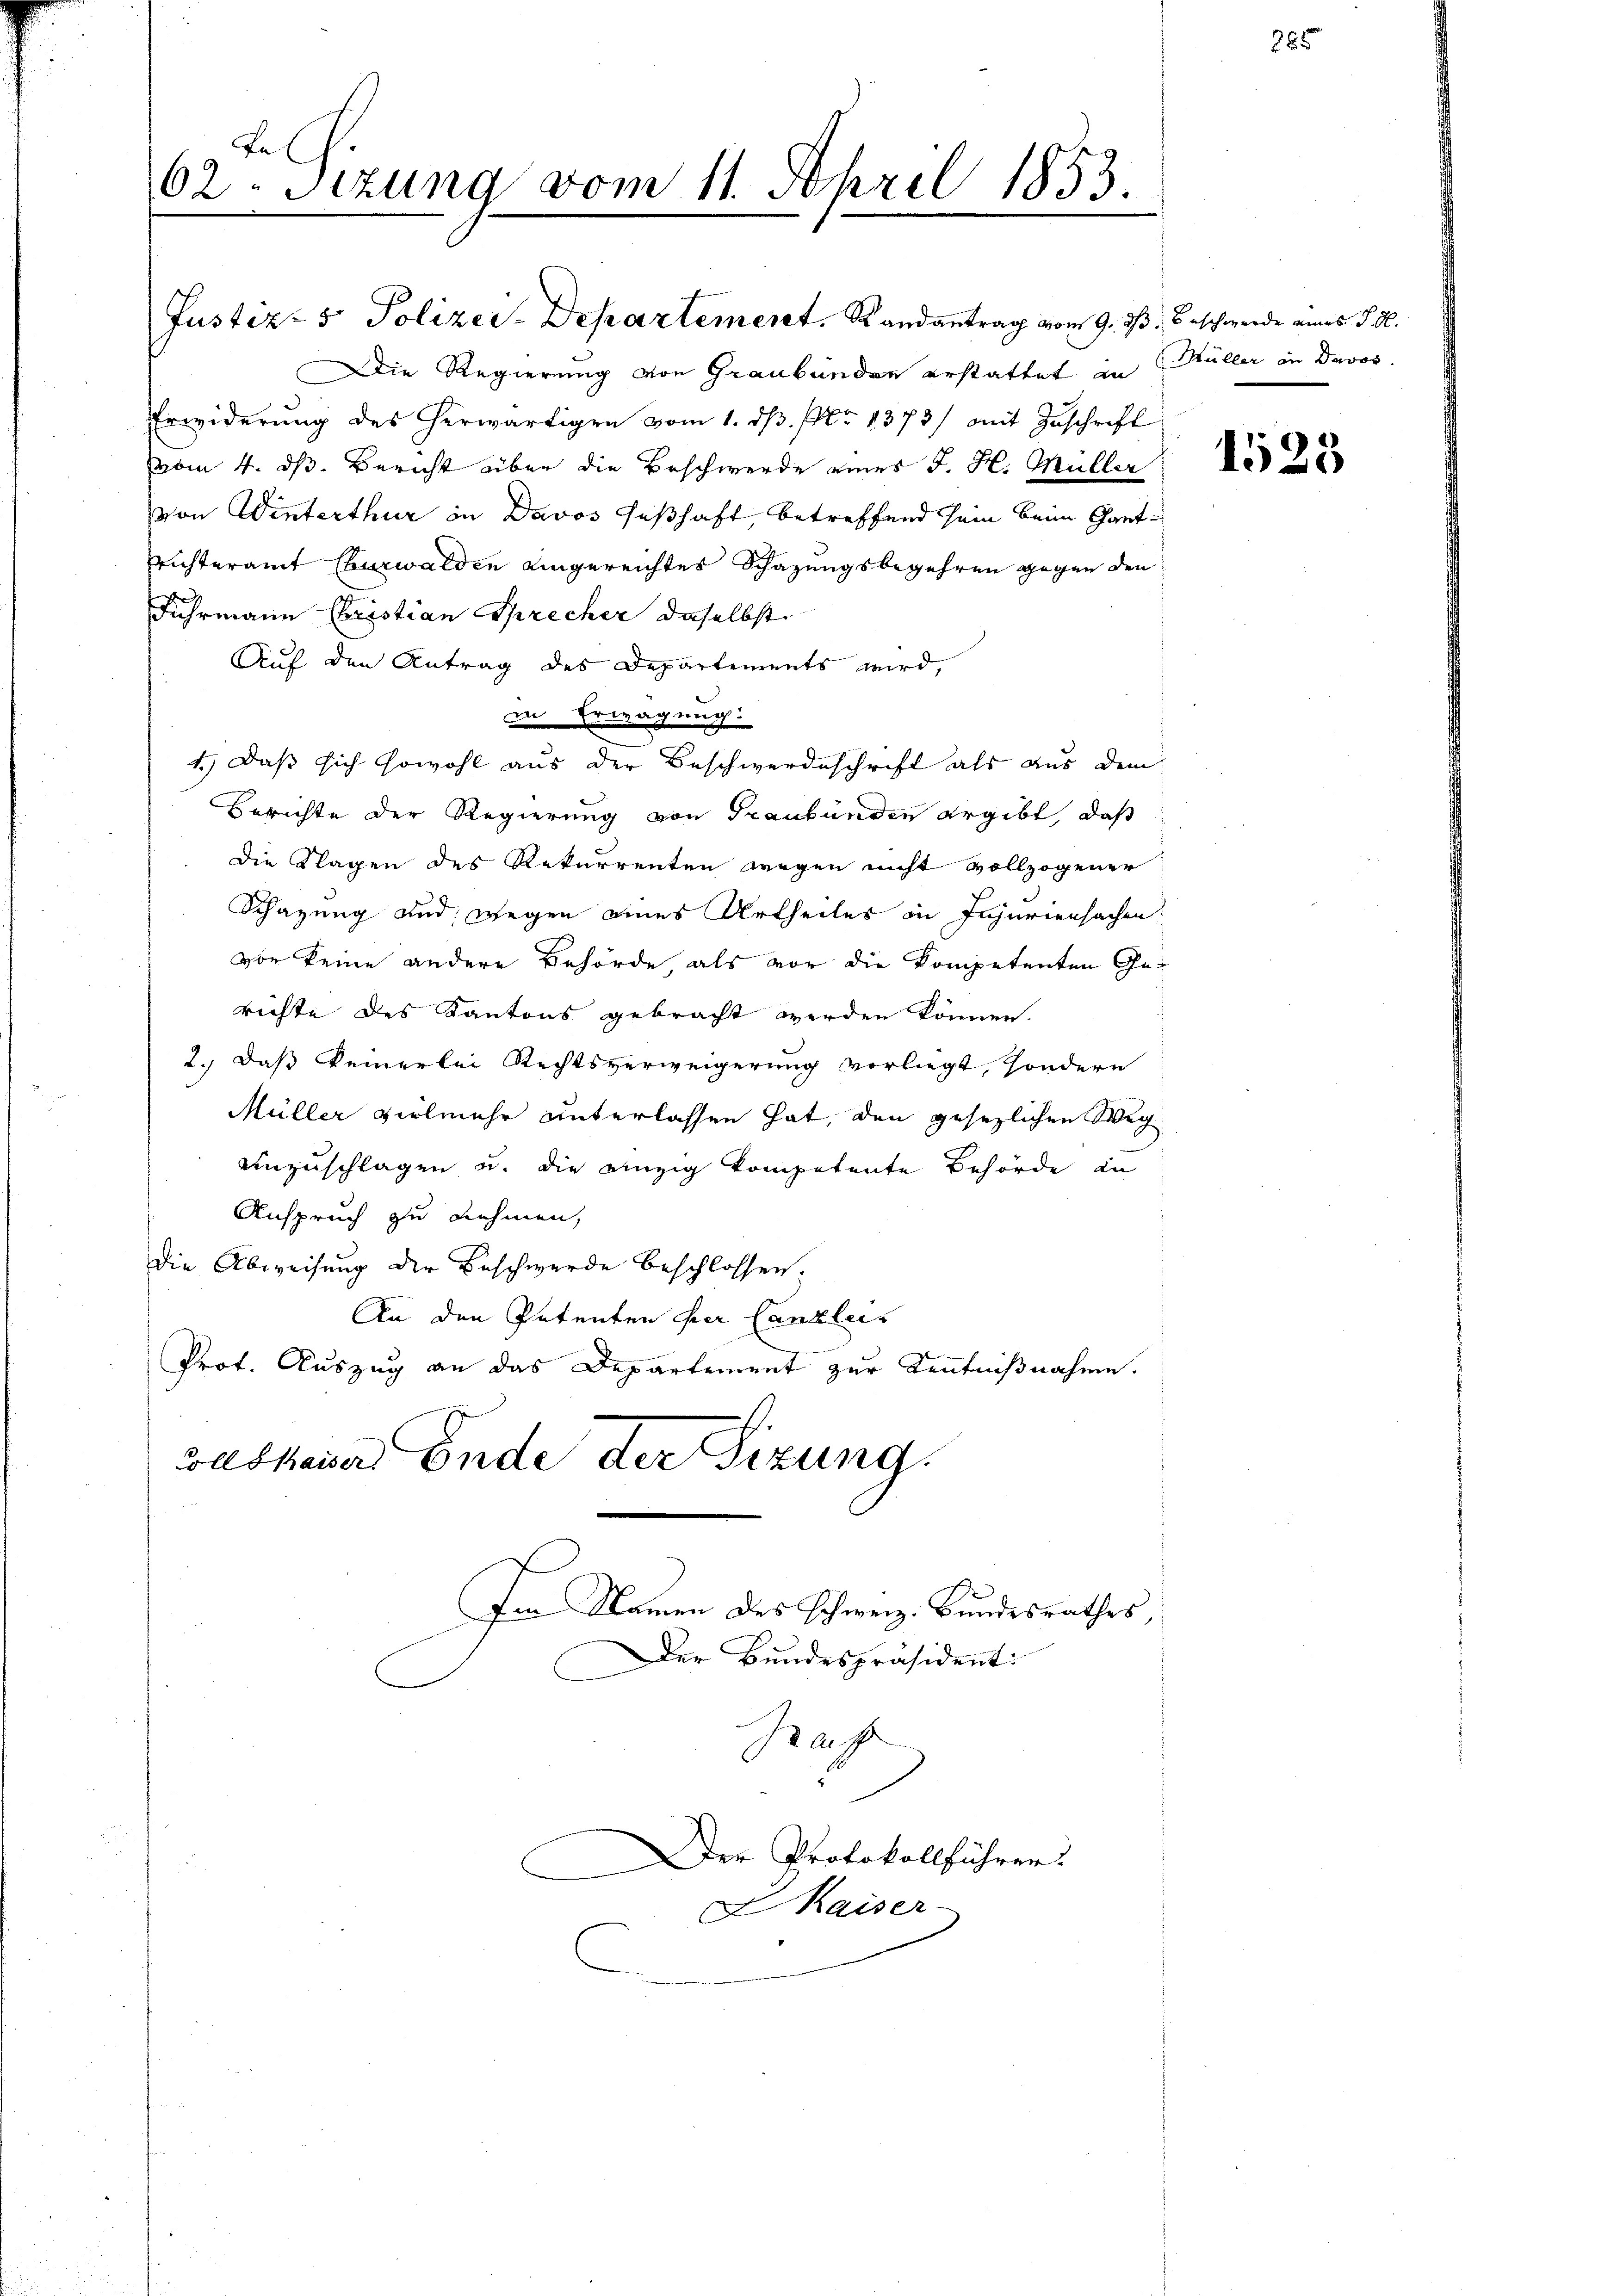
62. Sizung vom 11. April 1853.
.

Die Regierung von Graubünden erstattet an
Erwiderung des herwärtigen vom 1. dß. No 1373/ mit Zuschrift
vom 4. dß. Bericht über die Beschwerde eines J. H. Müller
von Winterthur in Davos seßhaft, betreffend sein beim Gantrichteramt Euzwalden eingereichtes Schazungsbegehren gegen den
Fuhrmann Christian Sprecher daselbst
Auf den Antrag des Departements wird,
in Erwägung:
Berichte der Regierung von Graubünden ergibt, daß
die Klagen des Rekurrenten wegen nicht vollzogener
Schazung und wegen eines Urtheiles in Injuriensachen
von keine andere Behörde als vor die Kompetenten Gerichte des Kantons gebracht werden können.
2.) Daß keinerlei Rechtsverweigerung vorliegt, sondern
Müller vielmehr unterlassen hat, den gesezlichen Weg
Unzuschlagen u. die einzig kompetente Behörde in
Anspruch zu nehmen,
Die Abweisung der Beschwerde beschlossen:
An den Petenten her Canzleis
Prot. Auszug an das Departement zur Kenntnißnahme.
wadkaiser Ende der Sizung.
Im Namen des schweiz. Bundesrathes,

Justiz- & Polizei-Departement. Randantrag vom 9. d

1.) Daß sich sowohl aus der Beschwerdeschrift als aus dem

Baff
Der Protokollführer.
I Kaiser-

Der Bundespräsident:

Beschwerde eines P. M.
Müller in Davos.

385

1523